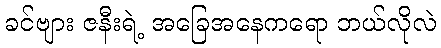
ခင်ဗျား ဇနီးရဲ့ အခြေအနေကရော ဘယ်လိုလဲ